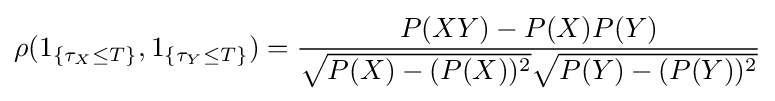
\rho (1_{\{\tau _{X}\leq T\}},1_{\{\tau _{Y}\leq T\}})={\frac {P(XY)-P(X)P(Y)}{{\sqrt {P(X)-(P(X))^{2}}}{\sqrt {P(Y)-(P(Y))^{2}}}}}